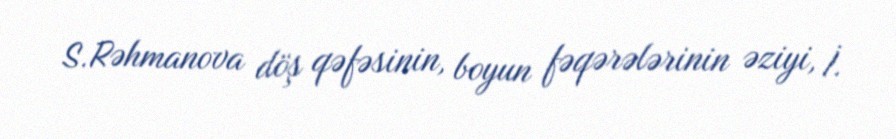
S.Rəhmanova döş qəfəsinin, boyun fəqərələrinin əziyi, İ.